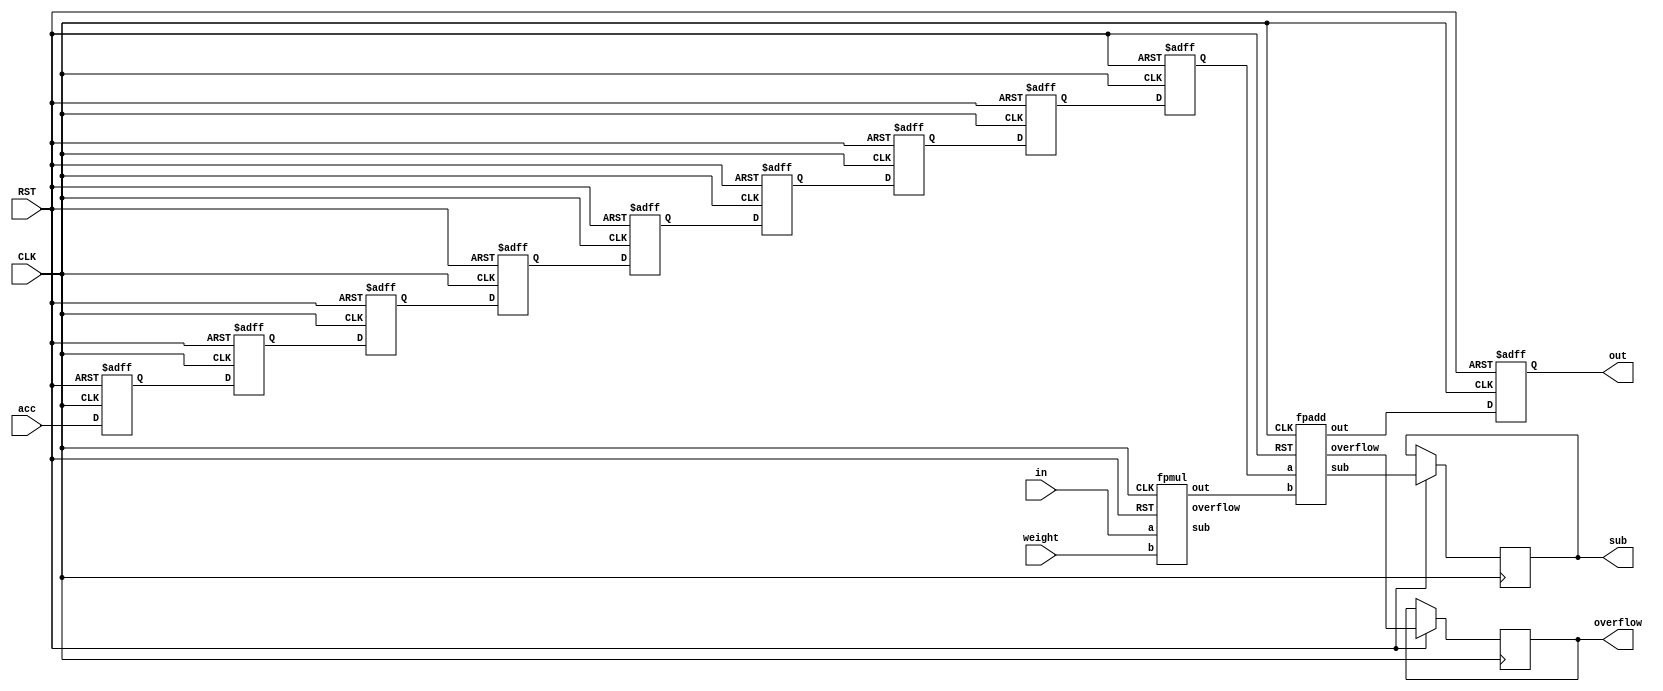
`timescale 1ns / 1ps

module fpmac(in, weight, acc, out, overflow, sub, CLK, RST);
	    input [15:0] in;
		 input [15:0] weight;
		 input [15:0] acc;
		 input CLK,RST;
		 output reg [15:0] out;
		 output reg overflow, sub;
		 
		 wire [15:0] addout;
		 wire [15:0] mulres; 
		 wire muloverflow, addoverflow;
		 wire mulsub, addsub;
		 reg [15:0] accreg[8:0];
		 
		 
		 fpmul a0 (
		.a(in), 
		.b(weight), 
		.out(mulres), 
		.overflow(muloverflow),
		.sub(mulsub),
		.CLK(CLK), 
		.RST(RST));
		
		fpadd a1 (
		.a(accreg[8]), 
		.b(mulres), 
		.out(addout), 
		.overflow(addoverflow),
		.sub(addsub),
		.CLK(CLK), 
		.RST(RST));
		
		
		
		always@(posedge CLK, negedge RST) begin
		if(!RST) begin
			accreg[0] <= 0;
			accreg[1] <= 0;
			accreg[2] <= 0;
			accreg[3] <= 0;
			accreg[4] <= 0;
			accreg[5] <= 0;
			accreg[6] <= 0;
			accreg[7] <= 0;
			accreg[8] <= 0;
			out <= 0;
		end else begin
			accreg[0] <= acc;
			accreg[1] <= accreg[0];
			accreg[2] <= accreg[1];
			accreg[3] <= accreg[2];
			accreg[4] <= accreg[3];
			accreg[5] <= accreg[4];
			accreg[6] <= accreg[5];
			accreg[7] <= accreg[6];
			accreg[8] <= accreg[7];
			out <= addout;
			overflow <= addoverflow;
			sub <= addsub;
		end
	end

endmodule



module fpmul(a,b,out,overflow,sub,CLK,RST
    );
	 input [15:0] a;
	 input [15:0] b;
	 input CLK, RST;
	 
	 output reg [15:0] out;
	 output reg overflow, sub;
	 
	 wire sign;
	 wire [5:0] exp;
	 wire signed  [6:0] exad;
	 wire [9:0] fra;
	 wire azero, bzero;
	 wire [23:0] win;
	 wire [23:0] subwin;
	 wire [5:0] fo;
	 wire [23:0] s;
	 wire signed [6:0] carry;
	 wire signed [6:0] exx;
	 
	 reg signed [6:0] ex[14:0];
	 wire signdelay[14:0];
	 
	 
	 assign sign = a[15] ^ b[15];
	 assign azero = (a[14:10] == 5'b00000) ? 0 : 1;
	 assign bzero = (b[14:10] == 5'b00000) ? 0 : 1;
	 assign exad = ((a[14:10] == 5'b11111) || (b[14:10] == 5'b11111))? (5'b11111) :((a[14:10] == 0) || (b[14:10] == 0)) ?
						(a[14:10] + b[14:10] -5'b01110) : (a[14:10] + b[14:10] -5'b01111);
	 booth_multiplier a1 (.a(a[9:0]),.b(b[9:0]), .azero(azero), .bzero(bzero), .CLK(CLK) , .RST(RST), .s(s));
	 
	 assign fo =    s[23] ? 23 : s[22] ? 22 : s[21] ? 21 :
						 s[20] ? 20 : s[19] ? 19 : s[18] ? 18 :
						 s[17] ? 17 : s[16] ? 16 : s[15] ? 15 :
						 s[14] ? 14 : s[13] ? 13 : s[12] ? 12 :
						 s[11] ? 11 : s[10] ? 10 : s[9] ? 9 :
						 s[8] ? 8 : s[7] ? 7 : s[6] ? 6 :
					    s[5] ? 5 : s[4] ? 4 : s[3] ? 3 :
				   	 s[2] ? 2 : s[1] ? 1 : 0;
	 assign carry = fo-20;
	 assign exx = ex[7] + carry;
	 assign exp = (0 >= exx) ? 5'b00000 : 
					  (exx >= 5'b11111) ? 5'b11111 : exx;
	 assign win = (carry>0) ? s >> carry : s << -(carry);
	 assign subwin = win >> -(exx); 
	 
	 assign fra = (exp == 5'b11111) ? 10'b1111111111:
					  (exp == 5'b00000) ? (subwin[20:11] + ((subwin[10]&&subwin[9])||(subwin[10]&&(subwin[8:0]!=0)))) : 
												 (win[19:10] + ((win[9]&&win[8])||(win[9]&&(win[7:0]!=0))));
	 
	 delay_buffer d1 (sign, signdelay[0], CLK, RST);
	 delay_buffer d15 (signdelay[0], signdelay[1], CLK, RST);
	 delay_buffer d2 (signdelay[1], signdelay[2], CLK, RST);
	 delay_buffer d3 (signdelay[2], signdelay[3], CLK, RST);
	 delay_buffer d4 (signdelay[3], signdelay[4], CLK, RST);
	 delay_buffer d5 (signdelay[4], signdelay[5], CLK, RST);
	 delay_buffer d6(signdelay[5], signdelay[6], CLK, RST);
	 delay_buffer d7 (signdelay[6], signdelay[7], CLK, RST);
	 
	 
	 
	 always @(posedge CLK or negedge RST) begin
		if (!RST) begin
		out <= 0;
		overflow <=0;
		sub <= 0;
		ex[0] <= 0;
		ex[1] <= 0;
		ex[2] <= 0;
		ex[3] <= 0;
		ex[4] <= 0;
		ex[5] <= 0;
		ex[6] <= 0;
		ex[7] <= 0;
		
	end else begin
		out <= {signdelay[7],exp[4:0],fra[9:0]};
		overflow <= (exp == 5'b11111) ? 1 : 0;
		sub <= (exp == 5'b00000) ? 1 :0;	
		ex[0] <= exad;
		ex[1] <= ex[0];
		ex[2] <= ex[1];
		ex[3] <= ex[2];
		ex[4] <= ex[3];
		ex[5] <= ex[4];
		ex[6] <= ex[5];
		ex[7] <= ex[6];
	end
	end

endmodule


module delay_buffer (a, b, CLK, RST);
input a, CLK, RST;
wire a1, a2, a3, a4, a5, a6;

output reg b;

assign a1 = !a;
assign a2 = !a1;
assign a3 = !a2;
assign a4 = !a3;
assign a5 = !a4;
assign a6 = !a5;

always@(posedge CLK, negedge RST) begin
		if(!RST) begin
			b <= 0;
		end else begin
			b <= a6;
		end
	end
	

endmodule
		

module booth_multiplier(a,b, azero, bzero, CLK,RST,s 
    );
	 input [9:0] a;
	 input [9:0] b;
	 input azero, bzero;
	 input CLK, RST;
	 output reg [23:0] s;
	 
	 wire [23:0] aa[6:0];
	 wire [23:0] as[6:0];
	 
	 wire [24:0] partials[6:0];
	 
	 EE a1 (a, b, azero, bzero,CLK, RST, aa[0], as[0], partials[0]);
	 
	 genvar i;
	 generate 	 
		for(i=0; i<6; i=i+1) begin: genblk1
			MM u1 (aa[i], as[i], partials[i], partials[i+1], aa[i+1], as[i+1], CLK, RST);
		end
	endgenerate
	 
		 always@(posedge CLK, negedge RST) begin
		 if(!RST) begin
				s <= 0;
		 end else begin
				s <= (partials[6][24:1]);
		 end
		 end
	endmodule

module MM (aa, as, ap, out, aao, aso, CLK, RST);
		 input [23:0] aa;
		 input [23:0] as;
		 input [24:0] ap;
		 input CLK, RST;
		 
		 reg [24:0] ppp;
		 wire [2:0] CC = ap[2:0];
		 wire [24:0] pp;
		 
		 output reg [24:0] out;
		 output reg [23:0] aao;
		 output reg [23:0] aso;
		 
		 reg [23:0] aa1;
	 
		 reg [23:0] as1;
		 

	
		 always@(*) begin
		 case(CC)
			3'b001:   ppp = {1'b0,aa[23:0]};
			3'b010:   ppp = {1'b0,aa[23:0]};
			3'b011:   ppp = {1'b0,aa[22:0],1'b0};
			3'b100:   ppp = {1'b1,as[22:0],1'b0};
			3'b101:   ppp = {1'b1,as[23:0]};
			3'b110:   ppp = {1'b1,as[23:0]};
			default : ppp = 0;
		 endcase
		 end
		
		 Carry_Ripple_Adder a1 (.a({ap[24],ap[24:1]}), .b(ppp), .ci(1'b0), .Sum(pp), .Cout());
		 
		 always@(posedge CLK, negedge RST) begin
		 if(!RST) begin
				out <= 0;
				aao <= 0;
				aso <= 0;
				
				
		 end else begin
				out[24] <= pp[24];
				out[23:0] <= pp[24:1];
				
				aao <= aa;
				aso <= as;
				
		 end
		 end
		 
endmodule



module EE (a, b, azero, bzero, CLK, RST,  aa, as, ap);
		 input [9:0] a;
    	 input [9:0] b;
		 input azero, bzero;
		 input CLK, RST;
		 
		 wire [23:0] aaa; 
		 wire [23:0] aas;
		 wire [24:0] aap;
		 
		 assign aaa[23] = 1'b0;
		 assign aaa[22] = azero;
		 assign aaa[21:12] = a[9:0];
		 assign aaa[11: 0] = 12'b0;
		 
		 assign aas[23:12] = (~{1'b0,azero,a[9:0]}+1);
		 assign aas[11: 0] = 12'b0;
		 
    	 assign aap[24:12] = 12'b0;
		 assign aap[11] = bzero;
		 assign aap[10: 1] = b[9:0];
		 assign aap[0] = 0;
		 
		 output reg [23:0] aa;
		 output reg [23:0] as;
		 output reg [24:0] ap;

		 
		 always@(posedge CLK, negedge RST) begin
				if(!RST) begin
							aa <= 0;
							as <= 0;
							ap <= 0;
				end
		 else begin
							aa <= aaa;
							as <= aas;
							ap <= aap;
				end
		 end
		 
endmodule

module Carry_Ripple_Adder(a, b, ci, Sum, Cout);
	
	input 		[25:1] 	a;
	input 		[25:1] 	b;
	input 			ci;
	output 	[25:1] 	Sum;
	output  		Cout;
	
	
	
	wire [25:0] G;
	wire [25:0] P;
	wire [25:0] GG;
	wire [25:1] S;
	
	assign G[0] = ci;
	assign P[0] = 0;
	assign G[25:1] = a & b;
	assign P[25:1] = a ^ b;

	
	assign GG[0] = G[0];
	G_Cell U0(G[0], G[1], P[1], GG[1]);
	
	genvar i;
	generate
		for(i=1; i<25; i=i+1) begin: loop_1
					G_Cell U1(GG[i], G[i+1], P[i+1], GG[i+1]);
		end
	endgenerate
	
	genvar j;
	generate
		for(j=1; j<=25; j=j+1) begin: loop_2
			assign S[j] = P[j] ^ GG[j-1];
		end
	endgenerate
	
	assign Cout = GG[25];
	assign Sum = S;
	
endmodule

module G_Cell(G0, G1, P1, GG);
	input G0;
	input G1;
	input P1;
	output GG;
	
	assign GG = G1 | (P1 & G0);
endmodule




module fpadd(a,b,out,overflow,sub,CLK,RST);
	 input [15:0] a;
	 input [15:0] b;
	 input CLK, RST;
	 
	 wire [13:0] shiftedA;
	 wire [13:0] shiftedB;
	 wire [13:0] shiftedAA;
	 wire [13:0] shiftedBB;
	 wire [13:0] signedA;
	 wire [13:0] signedB;
	 wire [13:0] Sum;
	 wire [9:0] fra1;
	 wire [9:0] fra2;
	 wire [4:0] exp;
	 wire [4:0] shift;
	 wire sign;
	 wire subt;
	 wire [3:0] sumshift; 
	 
	 reg [13:0] aareg;
	 reg [13:0] bbreg;
	 reg [4:0] exa, exb;
	 reg subt2;
	 reg sign2;
	 
	 output reg [15:0] out;
	 output reg overflow, sub;
	 
	 assign sign = ((a[15] == 1) && (b[15] ==1)) ? 1 :
						((a[15] == 0) && (b[15] ==0))	? 0 :
						(a[14:10] > b[14:10]) ? a[15] :
						(b[14:10] > a[14:10]) ? b[15] :
						(a[9:0] > b[9:0]) ? a[15] :
						(b[9:0] > a[9:0]) ? b[15] : 0;
	 assign subt = a[15] ^ b[15];
	 assign shift[4:0] = (a[14:10] > b[14:10]) ? (a[14:10] - (b[14:10]==5'b00000 ? 5'b00001 :b[14:10])) : 
								(b[14:10] - (a[14:10]==5'b00000 ? 5'b00001 :a[14:10]));
	 assign shiftedA[13:12] = (a[14:10] == 5'b0) ? 2'b00 : 2'b01;
	 assign shiftedB[13:12] = (b[14:10] == 5'b0) ? 2'b00 : 2'b01;
	 assign shiftedA[11:2] = a[9:0];
	 assign shiftedB[11:2] = b[9:0];
	 assign shiftedA[1:0] = 2'b00;
	 assign shiftedB[1:0] = 2'b00;
	 assign shiftedAA[13:0] = (a[14:10] < b[14:10]) ? (shiftedA >> shift) : shiftedA;
	 assign shiftedBB[13:0] = (a[14:10] > b[14:10]) ? (shiftedB >> shift) : shiftedB;
	 
	 assign Sum = subt2 ? ((aareg > bbreg) ? (aareg - bbreg) : (bbreg-aareg)) : (aareg+bbreg); 
	 
	 assign sumshift = Sum[13] ? 13 : 
							 Sum[12] ? 12 :
							 Sum[11] ? 11 :
							 Sum[10] ?  10 :
							 Sum[9] ? 9 :
							 Sum[8] ? 8 :
							 Sum[7] ? 7 :
							 Sum[6] ? 6 :
							 Sum[5] ? 5 :
							 Sum[4] ? 4 :
							 Sum[3] ? 3 :
							 Sum[2] ? 2 :
							 Sum[1] ? 1 : 0;
	 
	 assign fra1[9:0] = sumshift == 13 ? (Sum[12:3] + (Sum[2]&&Sum[1])) : 
							 sumshift == 12 ? (Sum[11:2] + (Sum[1]&&Sum[0])) :
							 sumshift == 11 ? (Sum[10:1] + Sum[0]) :
							 sumshift == 10 ?  Sum[9:0] :
							 sumshift == 9 ? {Sum[8:0],1'b0} :
							 sumshift == 8 ? {Sum[7:0],2'b00} :
							 sumshift == 7 ? {Sum[6:0],3'b000} :
							 sumshift == 6 ? {Sum[5:0],4'b0000} :
							 sumshift == 5 ? {Sum[4:0],5'b00000} :
							 sumshift == 4 ? {Sum[3:0],6'b000000} :
							 sumshift == 3 ? {Sum[2:0],7'b0000000} :
							 sumshift == 2 ? {Sum[1:0],8'b00000000} :
							 sumshift == 1 ? {Sum[0],  9'b000000000} : 10'b0000000000;
							 
	 assign exp = (exa >= exb) ? (((exa + sumshift -12) > 5'b00000)? (exa + sumshift -12) : 5'b00000): 
						(((exb + sumshift -12) > 5'b00000)? (exb + sumshift -12) : 5'b00000);
						
						
	 assign fra2[9:0] = (exa >= exb) ? (((exa + sumshift -12) < 5'b00000)? 
	                    (fra1 >> (12-sumshift -exa)): fra1) : (((exb + sumshift -12) < 5'b00000)? 
	                    (fra1 >> (12-sumshift -exb)): fra1);
	 
	 
	 always @(posedge CLK or negedge RST) begin
		if (!RST) begin
		out <= 0;
		sub <= 0;
		overflow <=0;
	end else begin
		out <= {sign2,exp[4:0],fra2[9:0]};
		overflow <= (exp == 5'b11111) ? 1 : 0;
		sub <= (exp == 5'b00000) ? 1 :0;	 
		subt2 <= subt;
		sign2 <= sign;
		exa <= a[14:10];		
		exb <= b[14:10];
		aareg <= shiftedAA;
		bbreg <= shiftedBB;
	end
	end


endmodule